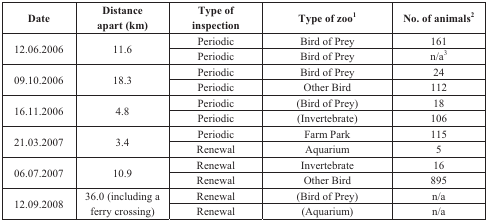
| Date | Distanceapart (km) | Type ofinspection | Type of zoo1 | No. of animals2 |
 | --- | --- | --- | --- | --- |
 | <ROWSPAN=2> 12.06.2006 | <ROWSPAN=2> 11.6 | Periodic | Bird of Prey | 161 |
 | Periodic | Bird of Prey | n/a3 |
 | <ROWSPAN=2> 09.10.2006 | <ROWSPAN=2> 18.3 | Periodic | Bird of Prey | 24 |
 | Periodic | Other Bird | 112 |
 | <ROWSPAN=2> 16.11.2006 | <ROWSPAN=2> 4.8 | Periodic | (Bird of Prey) | 18 |
 | Periodic | (Invertebrate) | 106 |
 | <ROWSPAN=2> 21.03.2007 | <ROWSPAN=2> 3.4 | Periodic | Farm Park | 115 |
 | Renewal | Aquarium | 5 |
 | <ROWSPAN=2> 06.07.2007 | <ROWSPAN=2> 10.9 | Renewal | Invertebrate | 16 |
 | Renewal | Other Bird | 895 |
 | <ROWSPAN=2> 12.09.2008 | <ROWSPAN=2> 36.0 (including a ferry crossing) | Renewal | (Bird of Prey) | n/a |
 | Renewal | (Aquarium) | n/a |